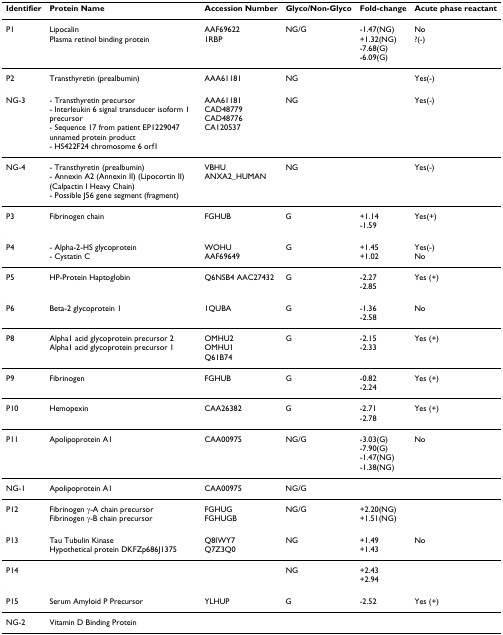
| Identifier | Protein Name | Accession Number | Glyco/Non-Glyco | Fold-change | Acute phase reactant |
 | --- | --- | --- | --- | --- | --- |
 | P1 | LipocalinPlasma retinol binding protein | AAF696221RBP | NG/G | -1.47(NG)+1.32(NG)-7.68(G)-6.09(G) | No?(-) |
 | P2 | Transthyretin (prealbumin) | AAA61181 | NG |  | Yes(-) |
 | NG-3 | - Transthyretin precursor- Interleukin 6 signal transducer isoform 1 precursor- Sequence 17 from patient EP1229047 unnamed protein product- HS422F24 chromosome 6 orf1 | AAA61181CAD48779CAD48776CA120537 | NG |  | Yes(-) |
 | NG-4 | - Transthyretin (prealbumin)- Annexin A2 (Annexin II) (Lipocortin II) (Calpactin I Heavy Chain)- Possible J56 gene segment (fragment) | VBHUANXA2_HUMAN | NG |  | Yes(-) |
 | P3 | Fibrinogen chain | FGHUB | G | +1.14-1.59 | Yes(+) |
 | P4 | - Alpha-2-HS glycoprotein- Cystatin C | WOHUAAF69649 | G | +1.45+1.02 | Yes(-)No |
 | P5 | HP-Protein Haptoglobin | Q6NSB4 AAC27432 | G | -2.27-2.85 | Yes (+) |
 | P6 | Beta-2 glycoprotein 1 | 1QUBA | G | -1.36-2.58 | No |
 | P8 | Alpha1 acid glycoprotein precursor 2Alpha1 acid glycoprotein precursor 1 | OMHU2OMHU1Q61B74 | G | -2.15-2.33 | Yes (+) |
 | P9 | Fibrinogen | FGHUB | G | -0.82-2.24 | Yes (+) |
 | P10 | Hemopexin | CAA26382 | G | -2.71-2.78 | Yes (+) |
 | P11 | Apolipoprotein A1 | CAA00975 | NG/G | -3.03(G)-7.90(G)-1.47(NG)-1.38(NG) | No |
 | NG-1 | Apolipoprotein A1 | CAA00975 | NG/G |  |  |
 | P12 | Fibrinogen γ-A chain precursorFibrinogen γ-B chain precursor | FGHUGFGHUGB | NG/G | +2.20(NG)+1.51(NG) |  |
 | P13 | Tau Tubulin KinaseHypothetical protein DKFZp686J1375 | Q8IWY7Q7Z3Q0 | NG | +1.49+1.43 | No |
 | P14 |  |  | NG | +2.43+2.94 |  |
 | P15 | Serum Amyloid P Precursor | YLHUP | G | -2.52 | Yes (+) |
 | NG-2 | Vitamin D Binding Protein |  |  |  |  |